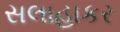
સલાહાકર